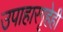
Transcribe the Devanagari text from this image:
उपाहारगृहेही